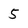
Character: 5